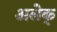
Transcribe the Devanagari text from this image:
अलेक्